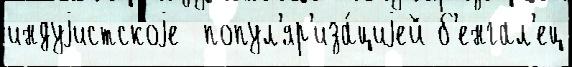
индуjистскоjе  попул'яр'иза́циjей б'енгал'ец